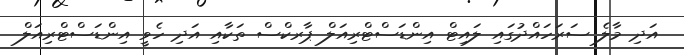
އަދި މާލެ ސަރަހައްދުގައި ލައިޓް އިންޑަސްޓްރިއަލް ޕާރކްސް ތަކާއި އަދި ހެވީ އިންޑަސްޓްރިއަލް